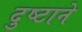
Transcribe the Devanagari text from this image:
दुष्टाने